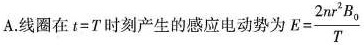
A.线圈在 $$t = T$$ 时刻产生的感应电动势为E $$E = \frac { 2 n r ^ { 2 } B _ { 0 } } { T }$$